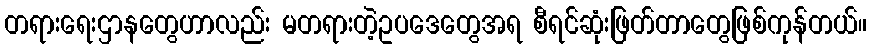
တရားရေးဌာနတွေဟာလည်း မတရားတဲ့ဥပဒေတွေအရ စီရင်ဆုံးဖြတ်တာတွေဖြစ်ကုန်တယ်။